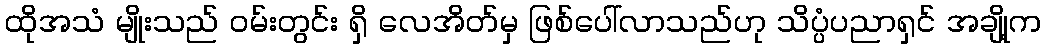
ထိုအသံ မျိုးသည် ဝမ်းတွင်း ရှိ လေအိတ်မှ ဖြစ်ပေါ်လာသည်ဟု သိပ္ပံပညာရှင် အချို့က